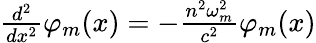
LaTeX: \begin{array}{r}{\frac{d^{2}}{dx^{2}}\varphi_{m}(x)=-\frac{n^{2}\omega_{m}^{2}}{c^{2}}\varphi_{m}(x)}\end{array}